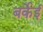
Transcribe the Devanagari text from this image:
बर्केई